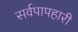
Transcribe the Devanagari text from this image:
सर्वपापहारी